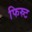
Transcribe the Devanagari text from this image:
फिस्र्ट